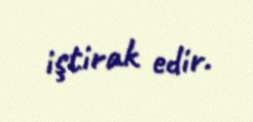
iştirak edir.